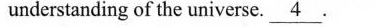
understanding of the universe.\underline{4}